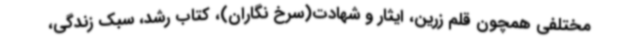
مختلفی همچون قلم زرین، ایثار و شهادت(سرخ نگاران)، کتاب رشد، سبک زندگی،